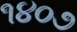
૧૪૦૭